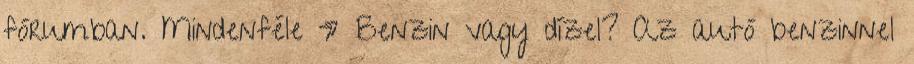
fórumban. Mindenféle » Benzin vagy dízel? Az autó benzinnel